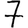
Digit: 7